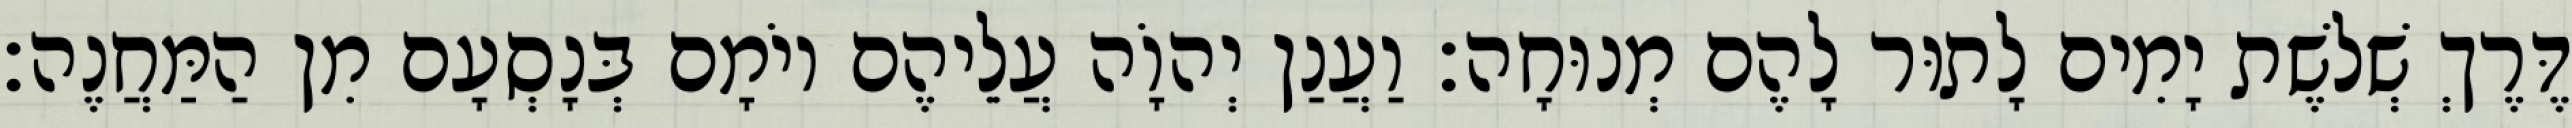
דֶּרֶךְ שְׁלשֶׁת יָמִים לָתוּר לָהֶם מְנוּחָה׃ וַעֲנַן יְהוָֹה עֲלֵיהֶם יוֹמָם בְּנָסְעָם מִן הַמַּחֲנֶה׃